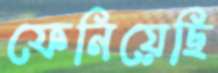
ফেনিয়েছি